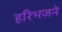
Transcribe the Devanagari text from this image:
हरिभजने